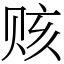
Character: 赅